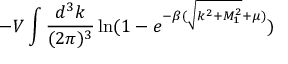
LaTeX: - V \int \frac { d ^ { 3 } k } { ( 2 \pi ) ^ { 3 } } \ln ( 1 - e ^ { - \beta ( \sqrt { k ^ { 2 } + M _ { 1 } ^ { 2 } } + \mu ) } )